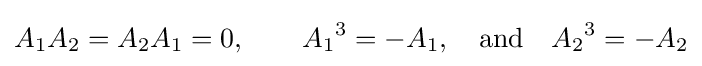
A_{1}A_{2}=A_{2}A_{1}=0,\qquad {A_{1}}^{3}=-A_{1},\quad {\text{and}}\quad {A_{2}}^{3}=-A_{2}